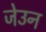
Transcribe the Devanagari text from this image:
जेउन